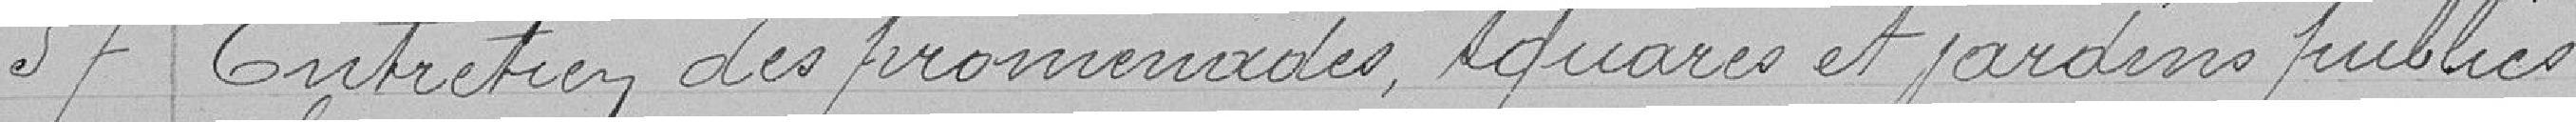
57 Entretien des promenades, squares et jardins publics